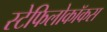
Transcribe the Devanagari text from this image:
स्टेफिलोकॉकस